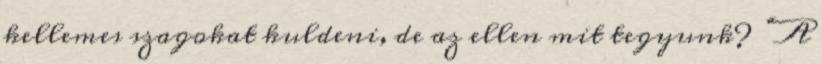
kellemes szagokat kuldeni, de az ellen mit tegyunk? “A